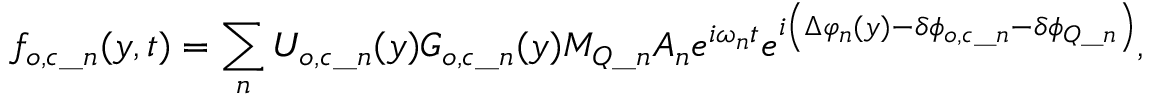
f _ { o , c \_ n } ( y , t ) = \sum _ { n } { U _ { o , c \_ n } ( y ) G _ { o , c \_ n } ( y ) M _ { Q \_ n } A _ { n } e ^ { i \omega _ { n } t } e ^ { i \left( \Delta \varphi _ { n } ( y ) - \delta \phi _ { o , c \_ n } - \delta \phi _ { Q \_ n } \right) } } ,